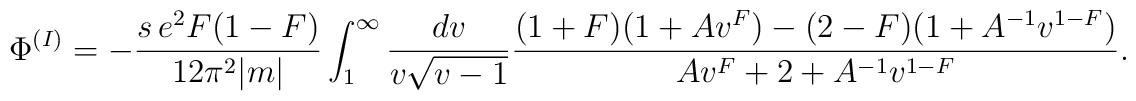
{\Phi}^{(I)} = -\frac{s\,e^{2}F(1-F)}{12{\pi}^{2}|m|}\int_{1}^{\infty}\frac{dv}{v{\sqrt{v-1}}}\frac{(1+F)(1 + A{v}^{F}) - (2-F)(1 +A^{-1}v^{1-F})}{A{v}^{F} + 2 + A^{-1}v^{1-F}}.